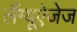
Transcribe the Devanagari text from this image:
लैंग्यूऐजेज